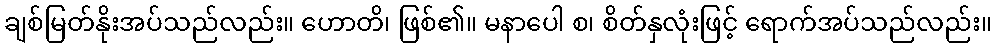
ချစ်မြတ်နိုးအပ်သည်လည်း။ ဟောတိ၊ ဖြစ်၏။ မနာပေါ စ၊ စိတ်နှလုံးဖြင့် ရောက်အပ်သည်လည်း။